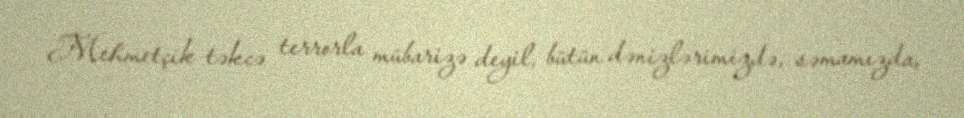
Mehmetçik təkcə terrorla mübarizə deyil, bütün dənizlərimizdə, səmamızda,